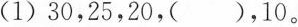
(1)30，25，20，()，10。